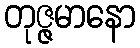
တုဇ္ဇမာနော